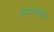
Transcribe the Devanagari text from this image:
अनगोळ